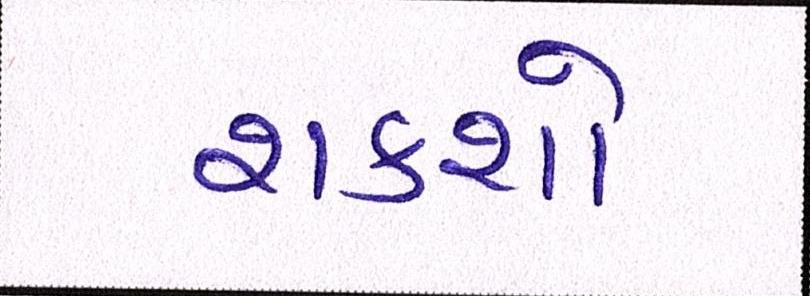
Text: શકશો